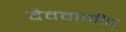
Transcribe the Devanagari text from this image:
दैववाणींत